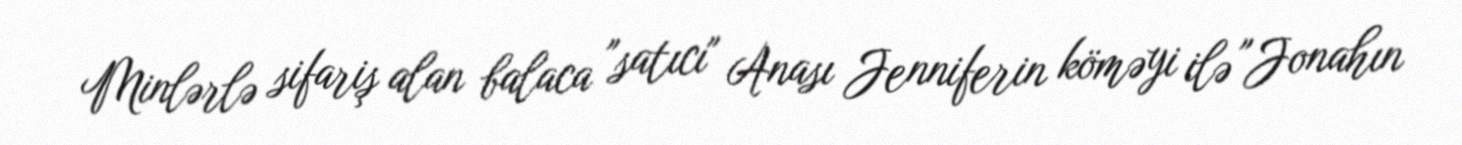
Minlərlə sifariş alan balaca "satıcı" Anası Jenniferin köməyi ilə "Jonahın